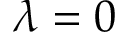
\lambda = 0